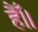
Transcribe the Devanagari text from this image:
हैँ॥